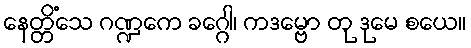
နေတ္တိံသေ ဂဏ္ဍကေ ခဂ္ဂေါ၊ ကဒမ္ဗော တု ဒုမေ စယေ။